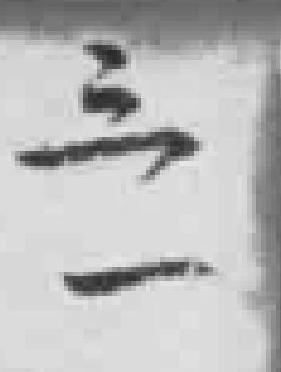
三一